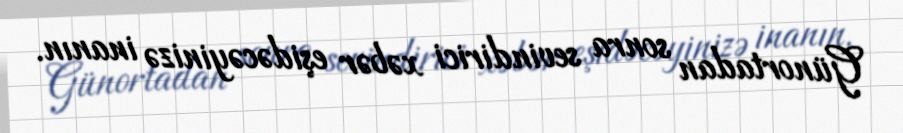
Günortadan sonra sevindirici xəbər eşidəcəyinizə inanın.